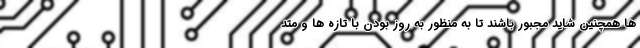
ها همچنین شاید مجبور باشند تا به منظور به روز بودن با تازه ها و متد